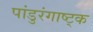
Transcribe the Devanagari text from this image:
पांडुरंगाष्ट्क